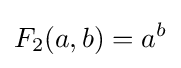
F_{2}(a,b)=a^{b}